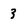
Character: 3